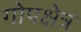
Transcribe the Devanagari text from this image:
गोपक्षेत्र